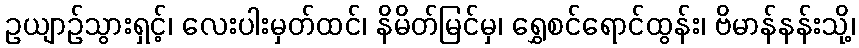
ဥယျာဉ်သွားရှင့်၊ လေးပါးမှတ်ထင်၊ နိမိတ်မြင်မှ၊ ရွှေစင်ရောင်ထွန်း၊ ဗိမာန်နန်းသို့၊